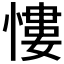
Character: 慺